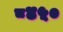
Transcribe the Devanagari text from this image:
८४५०